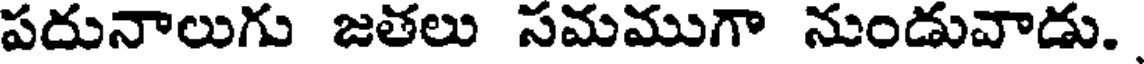
పదునాలుగు జతలు సమముగా నుండువాడు.